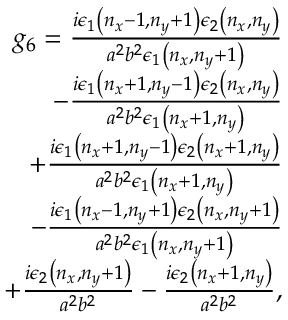
\begin{array} { r l } { g _ { 6 } = \frac { i \epsilon _ { 1 } \left( n _ { x } - 1 , n _ { y } + 1 \right) \epsilon _ { 2 } \left( n _ { x } , n _ { y } \right) } { a ^ { 2 } b ^ { 2 } \epsilon _ { 1 } \left( n _ { x } , n _ { y } + 1 \right) } } & { { } } \\ { - \frac { i \epsilon _ { 1 } \left( n _ { x } + 1 , n _ { y } - 1 \right) \epsilon _ { 2 } \left( n _ { x } , n _ { y } \right) } { a ^ { 2 } b ^ { 2 } \epsilon _ { 1 } \left( n _ { x } + 1 , n _ { y } \right) } } & { { } } \\ { + \frac { i \epsilon _ { 1 } \left( n _ { x } + 1 , n _ { y } - 1 \right) \epsilon _ { 2 } \left( n _ { x } + 1 , n _ { y } \right) } { a ^ { 2 } b ^ { 2 } \epsilon _ { 1 } \left( n _ { x } + 1 , n _ { y } \right) } } & { { } } \\ { - \frac { i \epsilon _ { 1 } \left( n _ { x } - 1 , n _ { y } + 1 \right) \epsilon _ { 2 } \left( n _ { x } , n _ { y } + 1 \right) } { a ^ { 2 } b ^ { 2 } \epsilon _ { 1 } \left( n _ { x } , n _ { y } + 1 \right) } } & { { } } \\ { + \frac { i \epsilon _ { 2 } \left( n _ { x } , n _ { y } + 1 \right) } { a ^ { 2 } b ^ { 2 } } - \frac { i \epsilon _ { 2 } \left( n _ { x } + 1 , n _ { y } \right) } { a ^ { 2 } b ^ { 2 } } , } \end{array}